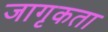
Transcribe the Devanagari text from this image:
जागृकता